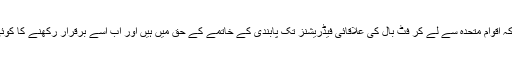
اردنی شہزادے کا کہنا تھا کہ اقوامِ متحدہ سے لے کر فٹ بال کی علاقائی فیڈریشنز تک پابندی کے خاتمے کے حق میں ہیں اور اب اسے برقرار رکھنے کا کوئی جواز بظاہر نظر نہیں آتا۔